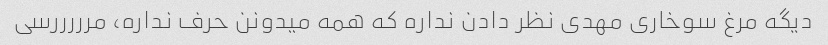
دیگه مرغ سوخاری مهدی نظر دادن نداره که همه میدونن حرف نداره، مرررررسی